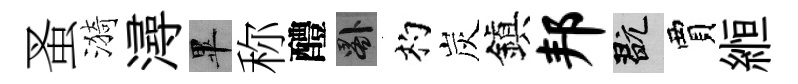
蚤漪潯畢称醴晷杓炭鎭邦玩賈縆